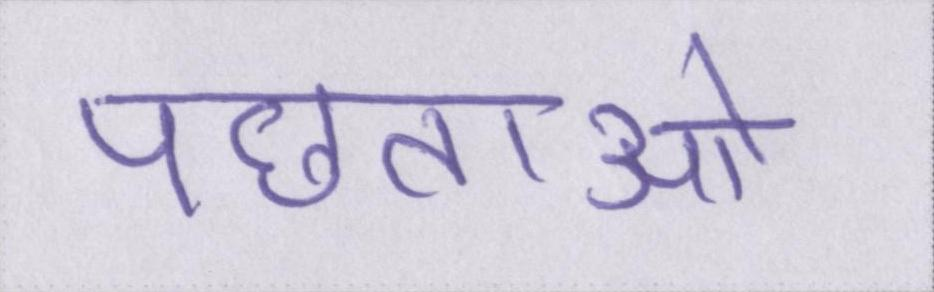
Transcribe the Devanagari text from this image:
पछताओ